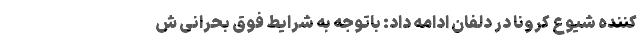
کننده شیوع کرونا در دلفان ادامه داد: باتوجه به شرایط فوق بحرانی ش